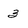
Character: 3